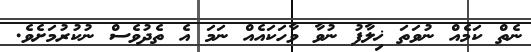
ނެތް ކަމެއް ނުވަތަ ޚިލާފު ނުވާ ވާހަކައެއް ނަމަ އެ ތެދުވެސް ނުކުރުމަށެވެ.